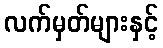
လက်မှတ်များနှင့်